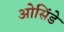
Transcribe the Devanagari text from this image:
ओसिंडे